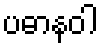
ပဓာနဝါ